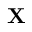
{ \bf { X } }